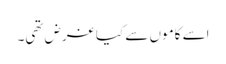
اسے کاموں سے کیا غرض تھی۔